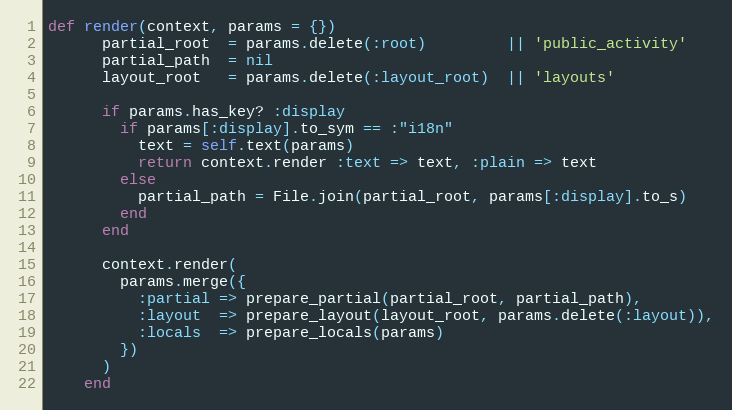
Language: Ruby
def render(context, params = {})
      partial_root  = params.delete(:root)         || 'public_activity'
      partial_path  = nil
      layout_root   = params.delete(:layout_root)  || 'layouts'

      if params.has_key? :display
        if params[:display].to_sym == :"i18n"
          text = self.text(params)
          return context.render :text => text, :plain => text
        else
          partial_path = File.join(partial_root, params[:display].to_s)
        end
      end

      context.render(
        params.merge({
          :partial => prepare_partial(partial_root, partial_path),
          :layout  => prepare_layout(layout_root, params.delete(:layout)),
          :locals  => prepare_locals(params)
        })
      )
    end